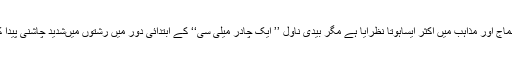
ہندوستانی سماج اور مذاہب میں اکثر ایساہوتا نظرآیا ہے مگر بیدی ناول ’’ ایک چادر میلی سی‘‘ کے ابتدائی دور میں رشتوں میںشدید چاشنی پیدا کردیتے ہیں۔